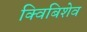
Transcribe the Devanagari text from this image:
क्विबिशेव